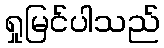
ရှုမြင်ပါသည်